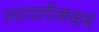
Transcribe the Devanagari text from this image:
त्यापलीकडचं